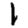
Digit: 1